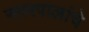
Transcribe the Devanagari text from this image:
नगरपालांचे